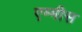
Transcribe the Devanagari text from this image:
एम्मीस